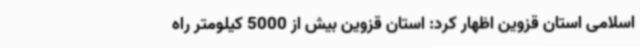
اسلامی استان قزوین اظهار کرد: استان قزوین بیش از 5000 کیلومتر راه